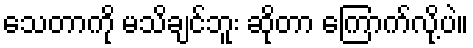
သေတာကို မသိချင်ဘူး ဆိုတာ ကြောက်လို့ပဲ။